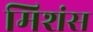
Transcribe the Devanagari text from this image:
मिशंस